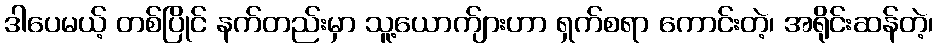
ဒါပေမယ့် တစ်ပြိုင် နက်တည်းမှာ သူ့ယောက်ျားဟာ ရှက်စရာ ကောင်းတဲ့၊ အရိုင်းဆန်တဲ့၊